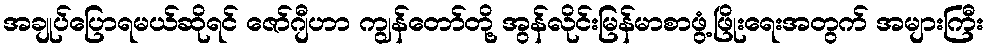
အချုပ်ပြောရမယ်ဆိုရင် ဇော်ဂျီဟာ ကျွန်တော်တို့ အွန်လိုင်းမြန်မာစာဖွံ့ဖြိုးရေးအတွက် အများကြီး